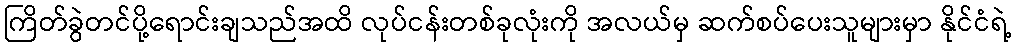
ကြိတ်ခွဲတင်ပို့ရောင်းချသည်အထိ လုပ်ငန်းတစ်ခုလုံးကို အလယ်မှ ဆက်စပ်ပေးသူများမှာ နိုင်ငံရဲ့